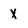
Character: X